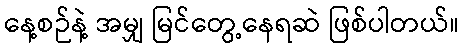
နေ့စဉ်နဲ့ အမျှ မြင်တွေ့နေရဆဲ ဖြစ်ပါတယ်။